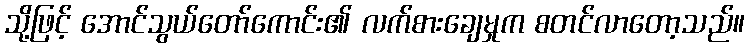
သို့ဖြင့် အောင်သွယ်တော်ကောင်း၏ လက်စားချေမှုက စတင်လာတော့သည်။